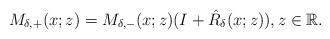
LaTeX: \begin{align*}M_{\delta,+}(x ;z)=M_{\delta,-}(x ;z)(I+ \hat{R}_{\delta}(x;z)), z \in \mathbb{R}.\end{align*}